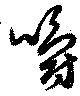
嚼